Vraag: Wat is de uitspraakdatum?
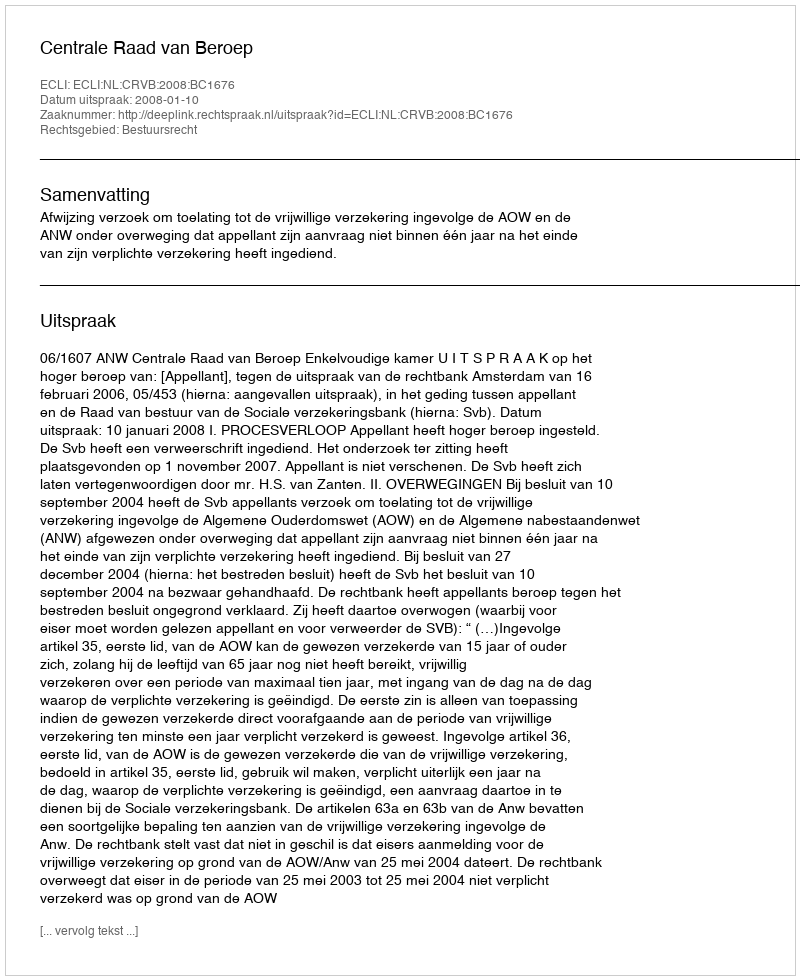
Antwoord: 2008-01-10